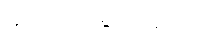
မဃဒေဝမ္ဗဝနေတိ